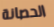
الحصانة